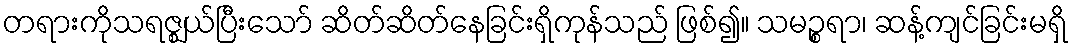
တရားကိုသရဇ္ဈယ်ပြီးသော် ဆိတ်ဆိတ်နေခြင်းရှိကုန်သည် ဖြစ်၍။ သမဉ္စရာ၊ ဆန့်ကျင်ခြင်းမရှိ